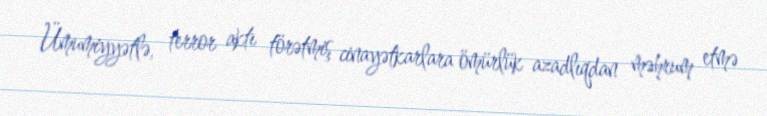
Ümumiyyətlə, terror aktı törətmiş cinayətkarlara ömürlük azadlıqdan məhrum etmə